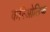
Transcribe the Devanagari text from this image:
करिओलिक